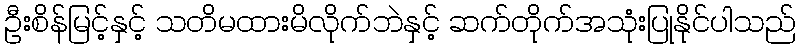
ဦးစိန်မြင့်နှင့် သတိမထားမိလိုက်ဘဲနှင့် ဆက်တိုက်အသုံးပြုနိုင်ပါသည်